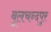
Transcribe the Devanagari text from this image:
बूलचन्दपुर